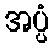
အပ္ပံ